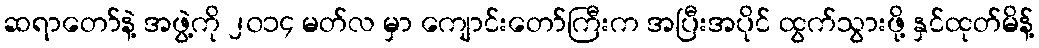
ဆရာတော်နဲ့ အဖွဲ့ကို ၂၀၁၄ မတ်လ မှာ ကျောင်းတော်ကြီးက အပြီးအပိုင် ထွက်သွားဖို့ နှင်ထုတ်မိန့်